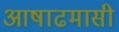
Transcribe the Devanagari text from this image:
आषाढमासी